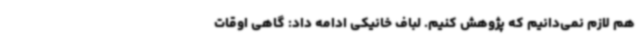
هم لازم نمی‌دانیم که پژوهش کنیم. لباف خانیکی ادامه داد: گاهی اوقات